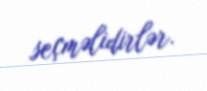
seçməlidirlər.